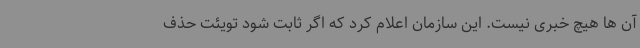
آن ها هیچ خبری نیست. این سازمان اعلام کرد که اگر ثابت شود تویئت حذف